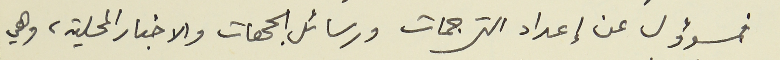
فمسؤول عن إعداد الترجمات ورسائل الجهات والاخبار المحلية، وهي